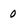
Character: 0